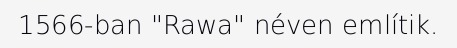
1566-ban "Rawa" néven említik.